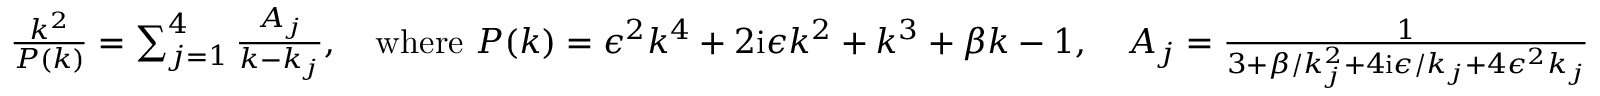
\begin{array} { r } { \frac { k ^ { 2 } } { P ( k ) } = \sum _ { j = 1 } ^ { 4 } \frac { A _ { j } } { k - k _ { j } } , \quad \mathrm { w h e r e ~ } P ( k ) = \epsilon ^ { 2 } k ^ { 4 } + 2 \mathrm { i } \epsilon k ^ { 2 } + k ^ { 3 } + \beta k - 1 , \quad A _ { j } = \frac { 1 } { 3 + \beta / k _ { j } ^ { 2 } + 4 \mathrm { i } \epsilon / k _ { j } + 4 \epsilon ^ { 2 } k _ { j } } } \end{array}